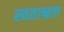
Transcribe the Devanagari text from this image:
स्वतत्न्रता